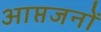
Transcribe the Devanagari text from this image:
आप्तजनों